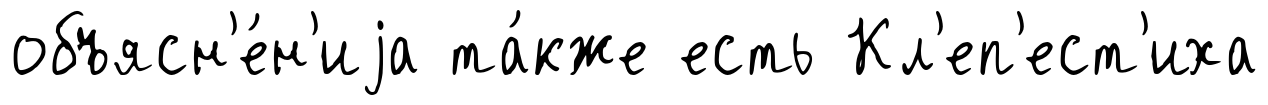
объясн'е́н'иjа та́кже есть Кл'еп'ест'иха